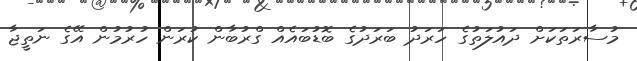
މުސާރަތަކަށް ދައުލަތުގެ ހަރަދު ބަރަދުގެ ބޮޑުބައެއް ގްރުބާން ކުރަން ހުރުމުން އޭގެ ނަތީޖާ